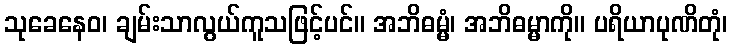
သုခေနေဝ၊ ချမ်းသာလွယ်ကူသဖြင့်ပင်။ အဘိဓမ္မံ၊ အဘိဓမ္မာကို။ ပရိယာပုဏိတုံ၊